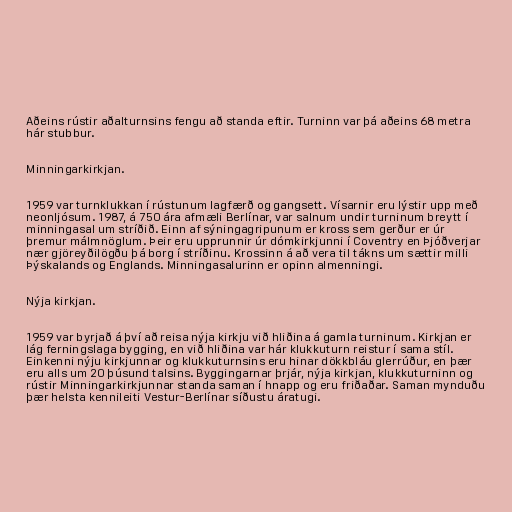
Aðeins rústir aðalturnsins fengu að standa eftir. Turninn var þá aðeins 68 metra
hár stubbur.

Minningarkirkjan.

1959 var turnklukkan í rústunum lagfærð og gangsett. Vísarnir eru lýstir upp með
neonljósum. 1987, á 750 ára afmæli Berlínar, var salnum undir turninum breytt í
minningasal um stríðið. Einn af sýningagripunum er kross sem gerður er úr
þremur málmnöglum. Þeir eru upprunnir úr dómkirkjunni í Coventry en Þjóðverjar
nær gjöreyðilögðu þá borg í stríðinu. Krossinn á að vera til tákns um sættir milli
Þýskalands og Englands. Minningasalurinn er opinn almenningi.

Nýja kirkjan.

1959 var byrjað á því að reisa nýja kirkju við hliðina á gamla turninum. Kirkjan er
lág ferningslaga bygging, en við hliðina var hár klukkuturn reistur í sama stíl.
Einkenni nýju kirkjunnar og klukkuturnsins eru hinar dökkbláu glerrúður, en þær
eru alls um 20 þúsund talsins. Byggingarnar þrjár, nýja kirkjan, klukkuturninn og
rústir Minningarkirkjunnar standa saman í hnapp og eru friðaðar. Saman mynduðu
þær helsta kennileiti Vestur-Berlínar síðustu áratugi.